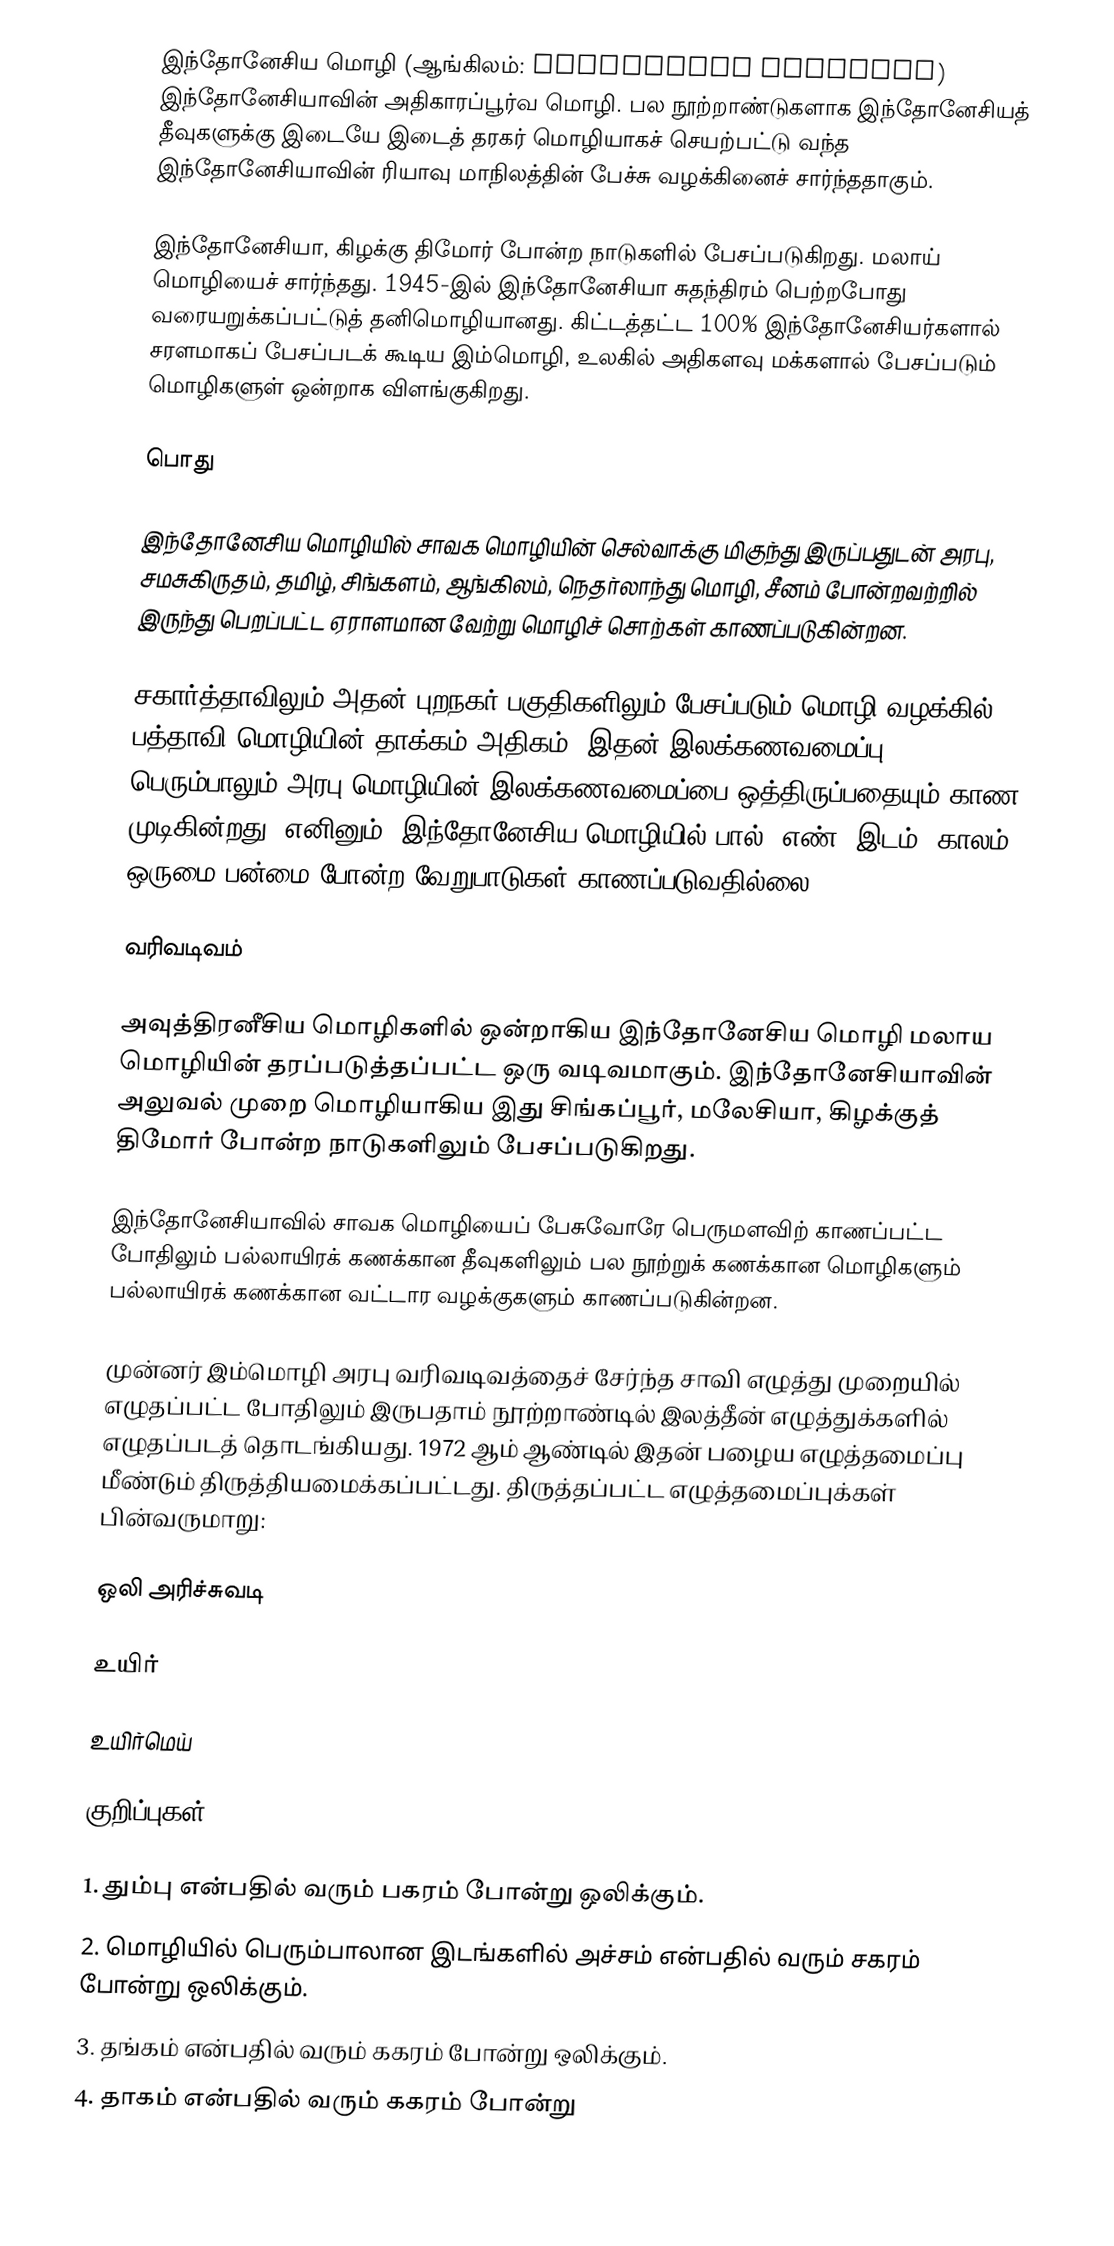
இந்தோனேசிய மொழி (ஆங்கிலம்: Indonesian language) இந்தோனேசியாவின் அதிகாரப்பூர்வ மொழி. பல நூற்றாண்டுகளாக இந்தோனேசியத் தீவுகளுக்கு இடையே இடைத் தரகர் மொழியாகச் செயற்பட்டு வந்த இந்தோனேசியாவின் ரியாவு மாநிலத்தின் பேச்சு வழக்கினைச் சார்ந்ததாகும்.

இந்தோனேசியா, கிழக்கு திமோர் போன்ற நாடுகளில் பேசப்படுகிறது. மலாய் மொழியைச் சார்ந்தது. 1945-இல் இந்தோனேசியா சுதந்திரம் பெற்றபோது வரையறுக்கப்பட்டுத் தனிமொழியானது. கிட்டத்தட்ட 100% இந்தோனேசியர்களால் சரளமாகப் பேசப்படக் கூடிய இம்மொழி, உலகில் அதிகளவு மக்களால் பேசப்படும் மொழிகளுள் ஒன்றாக விளங்குகிறது.

பொது

இந்தோனேசிய மொழியில் சாவக மொழியின் செல்வாக்கு மிகுந்து இருப்பதுடன் அரபு, சமசுகிருதம், தமிழ், சிங்களம், ஆங்கிலம், நெதர்லாந்து மொழி, சீனம் போன்றவற்றில் இருந்து பெறப்பட்ட ஏராளமான வேற்று மொழிச் சொற்கள் காணப்படுகின்றன.

சகார்த்தாவிலும் அதன் புறநகர் பகுதிகளிலும் பேசப்படும் மொழி வழக்கில் பத்தாவி மொழியின் தாக்கம் அதிகம். இதன் இலக்கணவமைப்பு பெரும்பாலும் அரபு மொழியின் இலக்கணவமைப்பை ஒத்திருப்பதையும் காண முடிகின்றது. எனினும், இந்தோனேசிய மொழியில் பால், எண், இடம், காலம், ஒருமை-பன்மை போன்ற வேறுபாடுகள் காணப்படுவதில்லை.

வரிவடிவம்

அவுத்திரனீசிய மொழிகளில் ஒன்றாகிய இந்தோனேசிய மொழி மலாய மொழியின் தரப்படுத்தப்பட்ட ஒரு வடிவமாகும்.  இந்தோனேசியாவின் அலுவல் முறை மொழியாகிய இது சிங்கப்பூர், மலேசியா, கிழக்குத் திமோர் போன்ற நாடுகளிலும் பேசப்படுகிறது.

இந்தோனேசியாவில் சாவக மொழியைப் பேசுவோரே பெருமளவிற் காணப்பட்ட போதிலும் பல்லாயிரக் கணக்கான தீவுகளிலும் பல நூற்றுக் கணக்கான மொழிகளும் பல்லாயிரக் கணக்கான வட்டார வழக்குகளும் காணப்படுகின்றன.

முன்னர் இம்மொழி அரபு வரிவடிவத்தைச் சேர்ந்த சாவி எழுத்து முறையில் எழுதப்பட்ட போதிலும் இருபதாம் நூற்றாண்டில் இலத்தீன் எழுத்துக்களில் எழுதப்படத் தொடங்கியது. 1972 ஆம் ஆண்டில் இதன் பழைய எழுத்தமைப்பு மீண்டும் திருத்தியமைக்கப்பட்டது. திருத்தப்பட்ட எழுத்தமைப்புக்கள் பின்வருமாறு:

ஒலி அரிச்சுவடி

உயிர்

உயிர்மெய்

குறிப்புகள்

 1. தும்பு என்பதில் வரும் பகரம் போன்று ஒலிக்கும்.
 2. மொழியில் பெரும்பாலான இடங்களில் அச்சம் என்பதில் வரும் சகரம் போன்று ஒலிக்கும்.
 3. தங்கம் என்பதில் வரும் ககரம் போன்று ஒலிக்கும்.
 4. தாகம் என்பதில் வரும் ககரம் போன்று